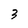
Character: 3